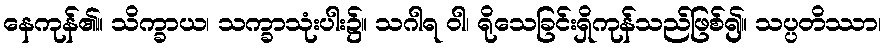
နေကုန်၏။ သိက္ခာယ၊ သက္ခာသုံးပါး၌။ သဂါရ ဝါ၊ ရိုသေခြင်းရှိကုန်သည်ဖြစ်၍။ သပ္ပတိဿာ၊